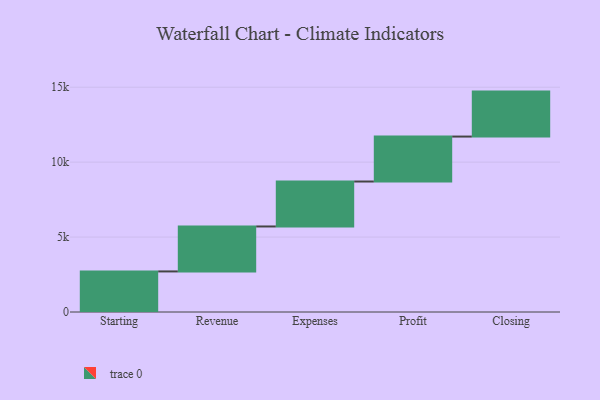
{"axis": {"x": "Step", "y": "Value"}, "legend": [""], "data": [{"x": "Starting", "y": 2707.0, "type": ""}, {"x": "Revenue", "y": 3000, "type": ""}, {"x": "Expenses", "y": 3000, "type": ""}, {"x": "Profit", "y": 3000, "type": ""}, {"x": "Closing", "y": 3000, "type": ""}]}